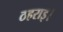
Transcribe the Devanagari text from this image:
ठहराइ।